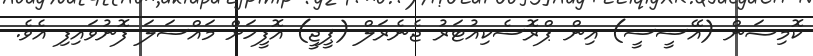
ކޮމިޝަން (އޭސީސީ) އިން ޕްރޮސެކިއުޓަރު ޖެނެރަލް (ޕީޖީ) އޮފީހަށް މައްސަލަ ފޮނުވައިފި އެވެ.